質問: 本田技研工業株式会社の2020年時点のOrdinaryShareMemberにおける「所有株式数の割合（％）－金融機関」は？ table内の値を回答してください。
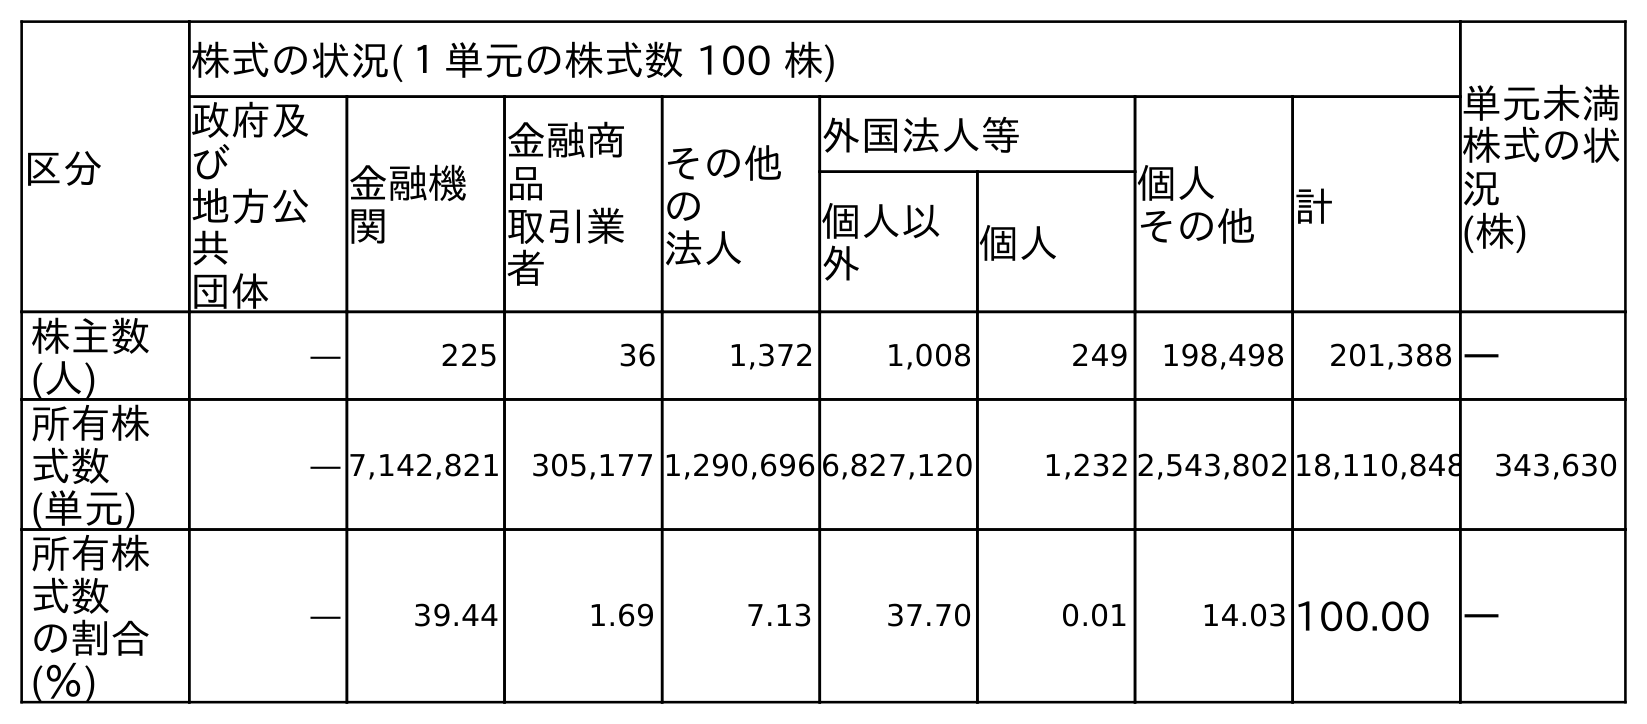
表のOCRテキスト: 区分 株式の状況(１単元の株式数 100 株) 単元未満 株式の状 況 (株) 政府及 び 地方公 共 団体 金融機 関 金融商 品 取引業 者 その他 の 法人 外国法人等 個人 その他 計 個人以 外 個人 株主数 (人) ― 225 36 1,372 1,008 249 198,498 201,388 ― 所有株 式数 (単元) ― 7,142,821 305,177 1,290,696 6,827,120 1,232 2,543,802 18,110,848 343,630 所有株 式数 の割合 (％) ― 39.44 1.69 7.13 37.70 0.01 14.03 100.00 ―
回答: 39.44